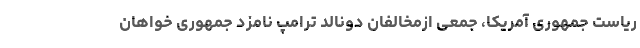
ریاست جمهوری آمریکا، جمعی ازمخالفان دونالد ترامپ نامزد جمهوری خواهان